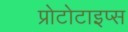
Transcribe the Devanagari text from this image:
प्रोटोटाइप्स